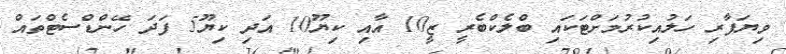
ވިޔަފާރި ހަލުއިކުރުމަށްޓަކައި ބްލެކްބެރީ ޒީ10 އާއި ކިޔޫ10 އަދި ކިޔޫ5 ފަދަ ހޭންޑްސެޓްތައް